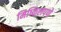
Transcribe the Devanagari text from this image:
मिष्किलपणे